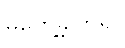
မတွေ့ခဲ့ကြရ။